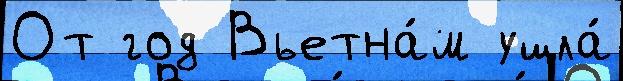
От год Вьетна́м ушла́